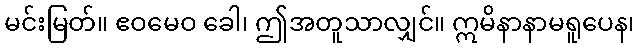
မင်းမြတ်။ ဧဝမေဝ ခေါ၊ ဤအတူသာလျှင်။ ဣမိနာနာမရူပေန၊